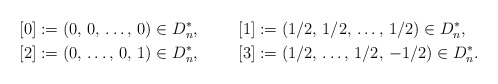
\begin{align*}& [0]:=(0,\,0,\,\dots,\,0) \in D_{n}^{\ast}, & & [1]:=(1/2,\,1/2,\,\dots,\,1/2) \in D_{n}^{\ast}, \\& [2]:=(0,\,\dots,\,0,\,1) \in D_{n}^{\ast}, & & [3]:=(1/2,\,\dots,\,1/2,\,-1/2) \in D_{n}^{\ast}. \end{align*}